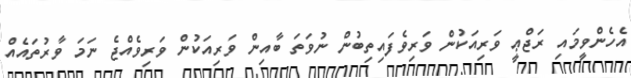
އެހެންވީމައި ރަޖްޢީ ވަރިއަކުން ވަރިވެފައިތިބުން ނުވަތަ ބާއިން ވަރިއަކުން ވަރިވެއްޖެ ނަމަ ވާރުތައެއް